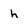
Character: h